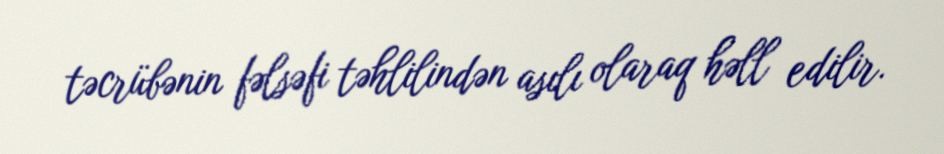
təcrübənin fəlsəfi təhlilindən asılı olaraq həll edilir.